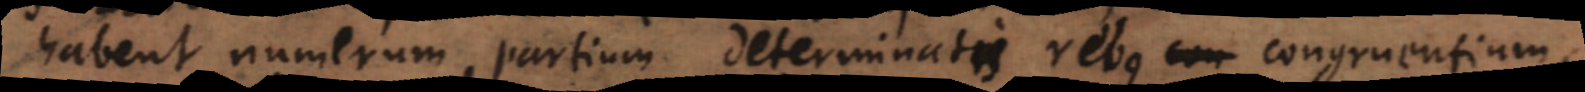
habent numerum partium determinatis rebus congruentium.